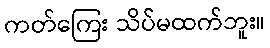
ကတ်ကြေး သိပ်မထက်ဘူး။